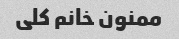
ممنون خانم کلی